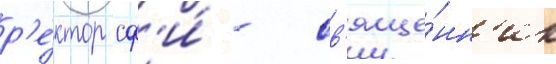
р'е́ктор сф'и́ - св'яще́нн'ик